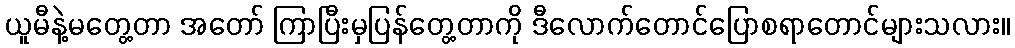
ယူမီနဲ့မတွေ့တာ အတော် ကြာပြီးမှပြန်တွေ့တာကို ဒီလောက်တောင်ပြောစရာတောင်များသလား။